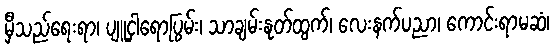
မှီသည်ရေးရာ၊ ပျူငှါရောပြွမ်း၊ သာချမ်းနုတ်ထွက်၊ လေးနက်ပညာ၊ ကောင်းရာမဆံ၊